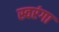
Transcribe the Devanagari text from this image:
स्वरंगा